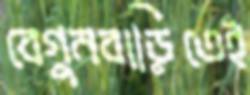
বেগুনবাড়িতেই